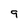
Character: 9